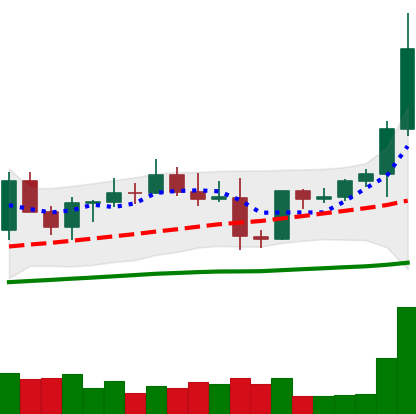
Ticker: EOS-USD
Chart end date: 2021-04-01
Forward return: 18.524%
Label: up_7plus